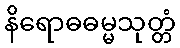
နိရောဓဓမ္မသုတ္တံ